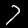
Label: 7